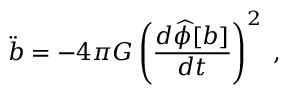
\ddot { b } = - 4 \pi G \left( { \frac { d { \widehat \phi } [ b ] } { d t } } \right) ^ { 2 } \; ,